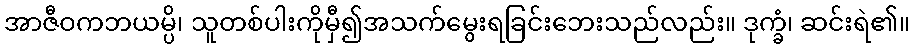
အာဇီဝကဘယမ္ပိ၊ သူတစ်ပါးကိုမှီ၍အသက်မွေးရခြင်းဘေးသည်လည်း။ ဒုက္ခံ၊ ဆင်းရဲ၏။